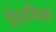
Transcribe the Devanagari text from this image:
प्रेसविक